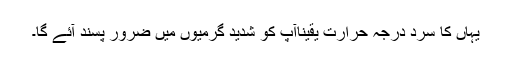
یہاں کا سرد درجہ حرارت یقیناًآپ کو شدید گرمیوں میں ضرور پسند آئے گا۔